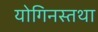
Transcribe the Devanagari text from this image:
योगिनस्तथा